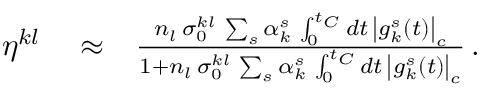
\begin{array} { r l r } { \eta ^ { k l } } & { { } \approx } & { \frac { n _ { l } \, \sigma _ { 0 } ^ { k l } \, \sum _ { s } \alpha _ { k } ^ { s } \, \int _ { 0 } ^ { t _ { C } } d t \, \left| g _ { k } ^ { s } ( t ) \right| _ { c } } { 1 + n _ { l } \, \sigma _ { 0 } ^ { k l } \, \sum _ { s } \alpha _ { k } ^ { s } \, \int _ { 0 } ^ { t _ { C } } d t \, \left| g _ { k } ^ { s } ( t ) \right| _ { c } } \, . } \end{array}